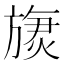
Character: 𬀏